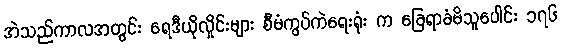
အဲသည်ကာလအတွင်း ရေဒီယိုလှိုင်းများ စီမံကွပ်ကဲရေးရုံး က ခြေရာခံမိသူပေါင်း ၁၇၆